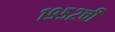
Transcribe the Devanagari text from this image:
१९५२ची